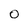
Character: 0